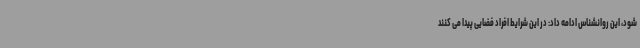
شود، این روانشناس ادامه داد: در این شرایط افراد فضایی پیدا می کنند